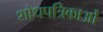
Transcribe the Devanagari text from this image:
शोधपत्रिकाओं